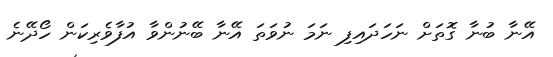
އޭނާ ބުނާ ގޮތަށް ނަހަދައިފި ނަމަ ނުވަތަ އޭނާ ބޭނުންވާ އުފާވެރިކަން ހޯދޭނެ